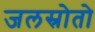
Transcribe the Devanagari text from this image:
जलस्रोतो